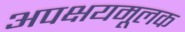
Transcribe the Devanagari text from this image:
अपक्षयमूलक